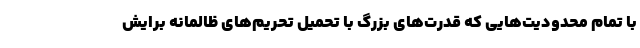
با تمام محدودیت‌هایی که قدرت‌های بزرگ با تحمیل تحریم‌های ظالمانه برایش